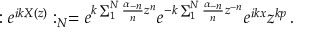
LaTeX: : e ^ { i k X ( z ) } : _ { N } = e ^ { k \sum _ { 1 } ^ { N } \frac { \alpha _ { - n } } { n } z ^ { n } } e ^ { - k \sum _ { 1 } ^ { N } \frac { \alpha _ { - n } } { n } z ^ { - n } } e ^ { i k x } z ^ { k p } \, .